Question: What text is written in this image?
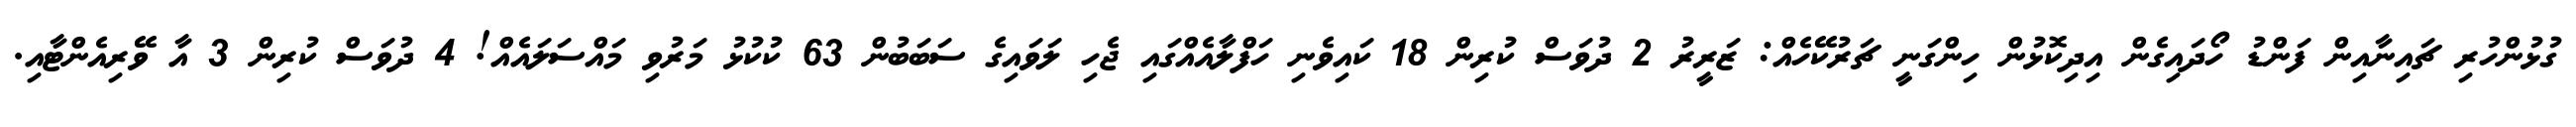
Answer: ގުޅުންހުރި ޗައިނާއިން ފަންޑު ހޯދައިގެން އިދިކޮޅުން ހިންގަނީ ޗަރުކޭހެއް: ޒަރީރު 2 ދުވަސް ކުރިން 18 ކައިވެނި ހަފްލާއެއްގައި ޖެހި ލަވައިގެ ސަބަބުން 63 ކުކުޅު މަރުވި މައްސަލައެއް! 4 ދުވަސް ކުރިން 3 އާ ވޭރިއެންޓާއި.